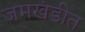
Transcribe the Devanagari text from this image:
जमखंडीत